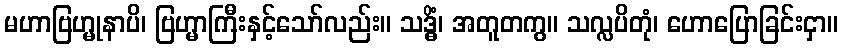
မဟာဗြဟ္မုနာပိ၊ ဗြဟ္မာကြီးနှင့်သော်လည်း။ သဒ္ဓိံ၊ အတူတကွ။ သလ္လပိတုံ၊ ဟောပြောခြင်းငှာ။